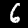
Label: 6